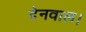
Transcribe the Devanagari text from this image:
देनवाल।